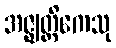
အဇ္ဈတ္တိကေသု